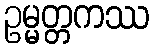
ဥမ္မတ္တကဿ